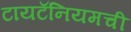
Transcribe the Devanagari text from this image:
टायटॅनियमची